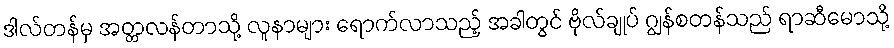
ဒါလ်တန်မှ အတ္တလန်တာသို့ လူနာများ ရောက်လာသည့် အခါတွင် ဗိုလ်ချုပ် ဂျွန်စတန်သည် ရာဆီမောသို့